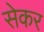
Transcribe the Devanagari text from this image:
सेकर